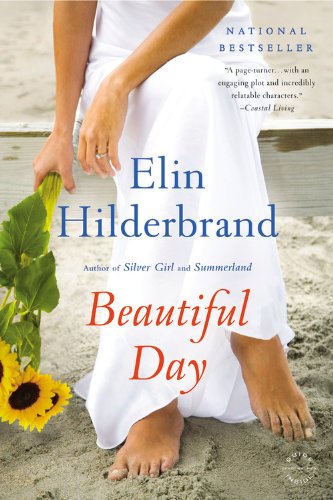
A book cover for Beautiful Day: A Novel; Elin Hilderbrand; Literature & Fiction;